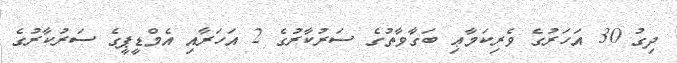
ދިގު 30 އަހަރުގެ ވެރިކަމާޢި ބަގާވާތުގެ ސަރުކާރުގެ 2 އަހަރާއި އެމްޑީޕީގެ ސަރުކާރުގެ